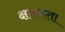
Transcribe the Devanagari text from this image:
क्षारकता